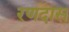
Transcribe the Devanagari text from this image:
रणदास